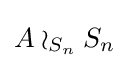
A\wr _{S_{n}}S_{n}